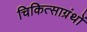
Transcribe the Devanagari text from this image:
चिकित्साग्रंथों